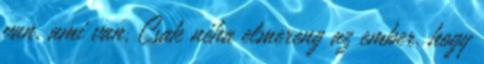
van, ami van. Csak néha elmereng az ember. hogy